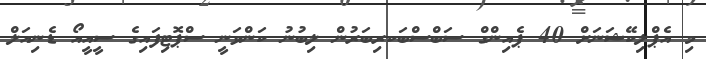
މި އެޕްލިކޭޝަނަށް 40 ޕެއިންގް ސަބްސްބަކރިބަރުން ލިބުނު ކަންވަނީ ސްޕޮޓިފައިގެ ސީއީއޯ ޑެނިއަލް